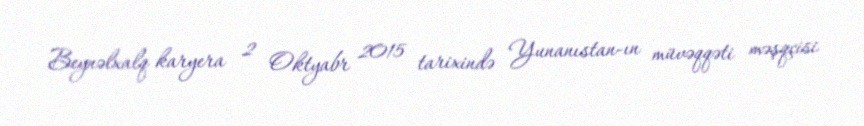
Beynəlxalq karyera 2 Oktyabr 2015 tarixində Yunanıstan-ın müvəqqəti məşqçisi